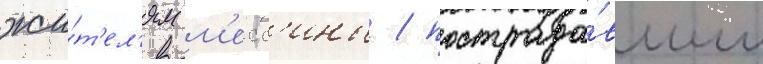
жи́т'ел'ям м'есс'ины / пострада́вшим